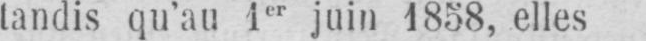
tandis qu’au 1er juin 1858, elles